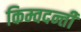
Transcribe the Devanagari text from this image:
किम्वदन्ती